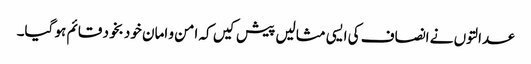
عدالتوں نے انصاف کی ایسی مثالیں پیش کیں کہ امن و امان خود بخود قائم ہو گیا۔